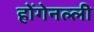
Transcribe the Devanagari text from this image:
होंगेनल्ली